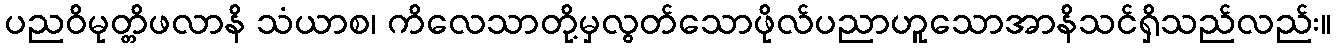
ပညဝိမုတ္တိဖလာနိ သံယာစ၊ ကိလေသာတို့မှလွတ်သောဖိုလ်ပညာဟူသောအာနိသင်ရှိသည်လည်း။